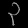
Digit: ၃